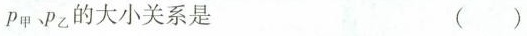
P_{甲} P_{乙} 的大小关系是 ()